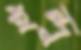
ইন্দু